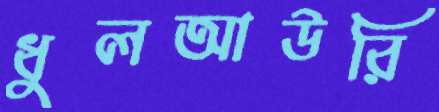
ধুলআউরি